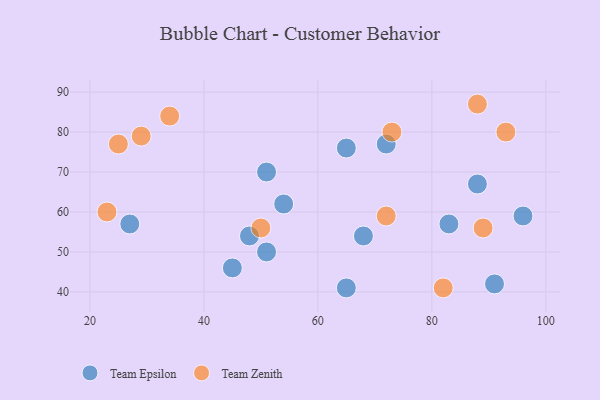
{"axis": {"x": "GDP", "y": "Life Expectancy"}, "legend": ["Team Epsilon", "Team Zenith"], "data": [{"x": "65", "y": 41, "type": "Team Epsilon"}, {"x": "72", "y": 77, "type": "Team Epsilon"}, {"x": "68", "y": 54, "type": "Team Epsilon"}, {"x": "51", "y": 70, "type": "Team Epsilon"}, {"x": "88", "y": 67, "type": "Team Epsilon"}, {"x": "54", "y": 62, "type": "Team Epsilon"}, {"x": "51", "y": 50, "type": "Team Epsilon"}, {"x": "45", "y": 46, "type": "Team Epsilon"}, {"x": "96", "y": 59, "type": "Team Epsilon"}, {"x": "48", "y": 54, "type": "Team Epsilon"}, {"x": "65", "y": 76, "type": "Team Epsilon"}, {"x": "27", "y": 57, "type": "Team Epsilon"}, {"x": "83", "y": 57, "type": "Team Epsilon"}, {"x": "91", "y": 42, "type": "Team Epsilon"}, {"x": "25", "y": 77, "type": "Team Zenith"}, {"x": "89", "y": 56, "type": "Team Zenith"}, {"x": "23", "y": 60, "type": "Team Zenith"}, {"x": "50", "y": 56, "type": "Team Zenith"}, {"x": "93", "y": 80, "type": "Team Zenith"}, {"x": "88", "y": 87, "type": "Team Zenith"}, {"x": "73", "y": 80, "type": "Team Zenith"}, {"x": "72", "y": 59, "type": "Team Zenith"}, {"x": "82", "y": 41, "type": "Team Zenith"}, {"x": "34", "y": 84, "type": "Team Zenith"}, {"x": "29", "y": 79, "type": "Team Zenith"}]}